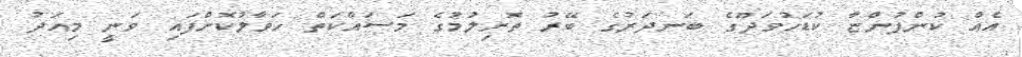
އެއް ކުންފުންޏާ ކުޑަހުވަދޫގެ ބަނދަރުގެ ބޭރު ތޮށިލުމުގެ މަސައްކަތް ހަވާލުކޮށްފައި ވަނީ މިއަދު